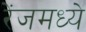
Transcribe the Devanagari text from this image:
रेंजमध्ये